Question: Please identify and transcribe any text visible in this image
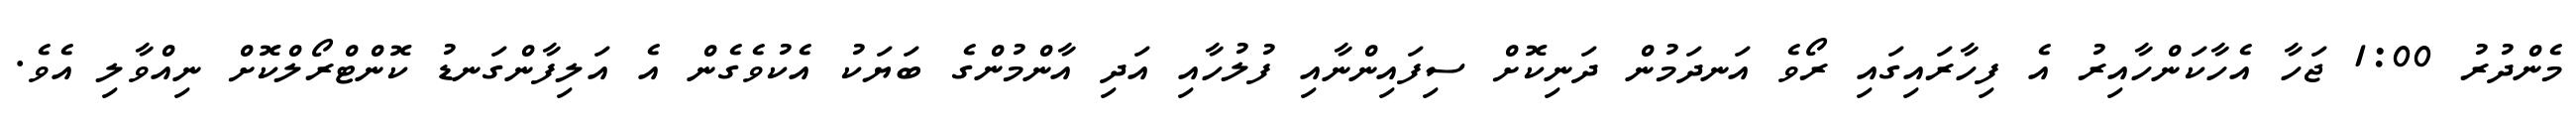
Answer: މެންދުރު 1:00 ޖަހާ އެހާކަންހާއިރު އެ ފިހާރައިގައި ރޯވެ އަނދަމުން ދަނިކޮށް ސިފައިންނާއި ފުލުހާއި އަދި އާންމުންގެ ބަޔަކު އެކުވެގެން އެ އަލިފާންގަނޑު ކޮންޓްރޯލްކޮށް ނިއްވާލި އެވެ.